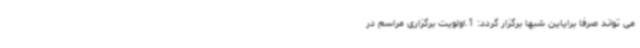
می تواند صرفا برایاین شبها برگزار گردد: 1.اولویت برگزاری مراسم در